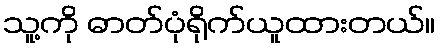
သူ့ကို ဓာတ်ပုံရိုက်ယူထားတယ်။